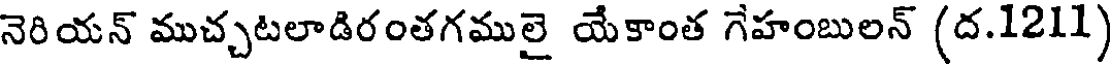
నెరియన్ ముచ్చటలాడిరంతగములై యేకాంత గేహంబులన్ (ద.1211)